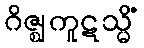
ဂိဇ္ဈကူဋသ္မိံ